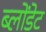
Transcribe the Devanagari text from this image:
ब्लोंडेट